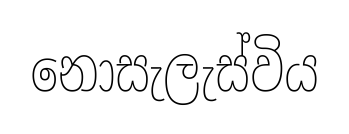
නොසැලැස්විය